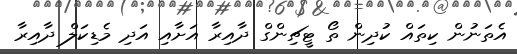
އެތަނުން ކިތައް ކުދިން ތޯ ޓީޗިންގް ދާއިރާ އަށާއި އަދި މެޑިކަލް ދާއިރާ